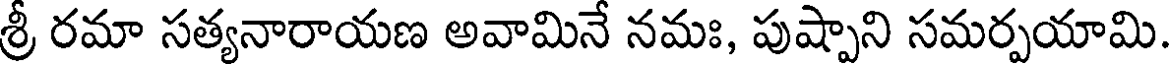
శ్రీ రమా సత్యనారాయణ అవామినే నమః, పుష్పాని సమర్పయామి.